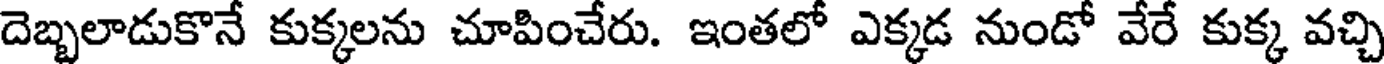
దెబ్బలాడుకొనే కుక్కలను చూపించేరు. ఇంతలో ఎక్కడ నుండో వేరే కుక్క వచ్చి